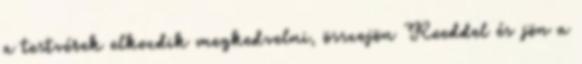
a testvérek elkezdik megkedvelni, összejön Reeddel és jön a